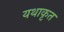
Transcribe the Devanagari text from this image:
यथाकृत